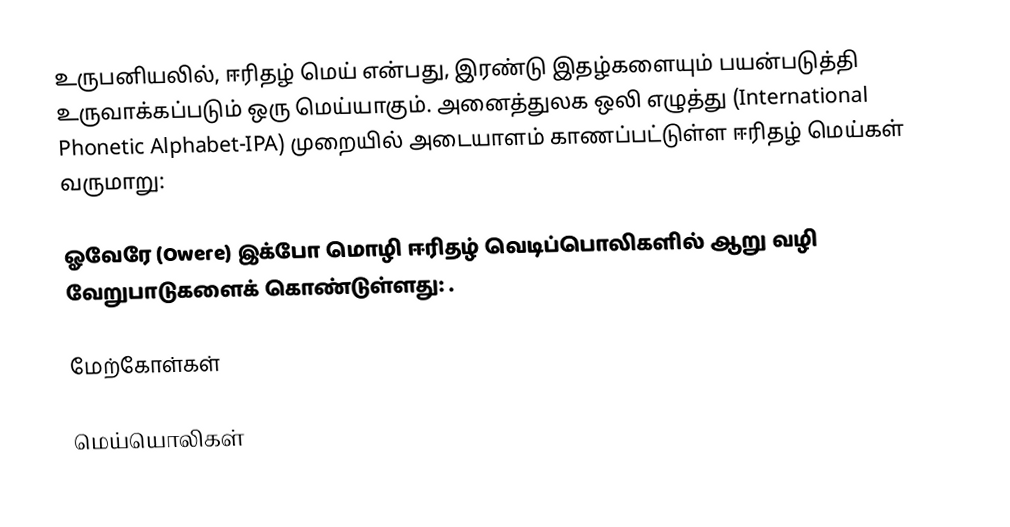
உருபனியலில், ஈரிதழ் மெய் என்பது, இரண்டு இதழ்களையும் பயன்படுத்தி உருவாக்கப்படும் ஒரு மெய்யாகும். அனைத்துலக ஒலி எழுத்து (International Phonetic Alphabet-IPA) முறையில் அடையாளம் காணப்பட்டுள்ள ஈரிதழ் மெய்கள் வருமாறு:

ஓவேரே (Owere) இக்போ மொழி ஈரிதழ் வெடிப்பொலிகளில் ஆறு வழி வேறுபாடுகளைக் கொண்டுள்ளது:  .

மேற்கோள்கள்

மெய்யொலிகள்